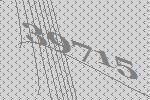
39715